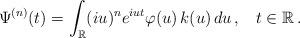
LaTeX: \begin{align*}\Psi^{(n)}(t)=\int_{\mathbb{R}}(iu)^ne^{iut}\varphi(u)\,k(u)\,du\,,\;\;\;t\in\mathbb{R}\,.\end{align*}